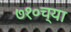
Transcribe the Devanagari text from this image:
७१०च्या